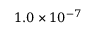
1 . 0 \times 1 0 ^ { - 7 }